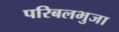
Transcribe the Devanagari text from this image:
परिबलभुजा